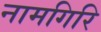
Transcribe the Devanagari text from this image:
नामगिरि